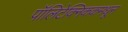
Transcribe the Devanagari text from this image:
पॉलिटेक्निककमधून